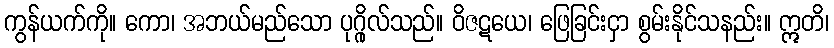
ကွန်ယက်ကို။ ကော၊ အဘယ်မည်သော ပုဂ္ဂိုလ်သည်။ ဝိဇဋယေ၊ ဖြေခြင်းငှာ စွမ်းနိုင်သနည်း။ ဣတိ၊